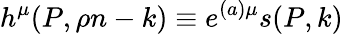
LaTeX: h^{\mu}(P,\rho n-k)\equiv e^{(a)\mu}s(P,k)\,